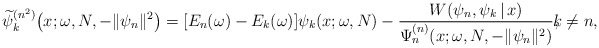
\begin{gather*} \widetilde{\psi }_{k}^{(n^{2})}\big(x;\omega ,N,- \Vert \psi _{n} \Vert ^{2}\big) = [ E_{n}(\omega )-E_{k}(\omega ) ] \psi _{k}(x;\omega,N) -\frac{W(\psi _{n},\psi _{k}\,|\, x)}{\Psi _{n}^{(n) }(x;\omega ,N,- \Vert \psi _{n} \Vert ^{2})},\!\!\! k\neq n,\end{gather*}